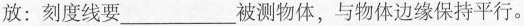
放：刻度线要___被测物体，与物体边缘保持平行。